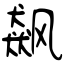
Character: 飙